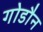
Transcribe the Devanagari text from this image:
गोडौन